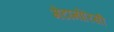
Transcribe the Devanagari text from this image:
मेटामोरिसी